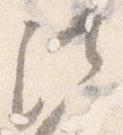
法